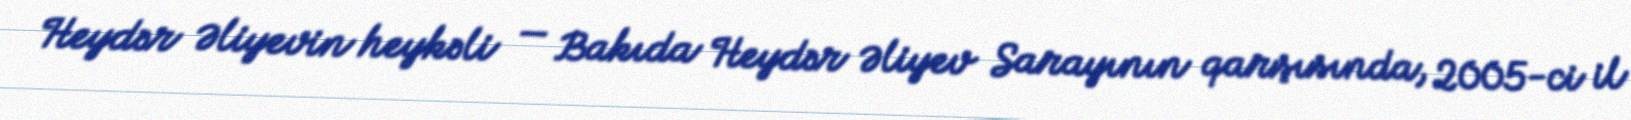
Heydər Əliyevin heykəli — Bakıda Heydər Əliyev Sarayının qarşısında, 2005-ci il